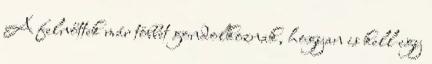
A felnőttek már többet gondolkoznak, hogyan is kell egy